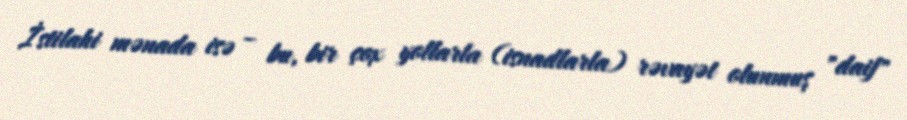
İstilahi mənada isə – bu, bir çox yollarla (isnadlarla) rəvayət olunmuş "daif"